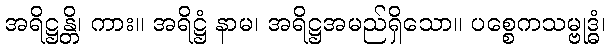
အရိဋ္ဌန္တိ၊ ကား။ အရိဋ္ဌံ နာမ၊ အရိဋ္ဌအမည်ရှိသော။ ပစ္စေကသမ္ဗုဒ္ဓံ၊